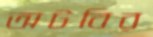
অটবির